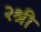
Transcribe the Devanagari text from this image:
२श्री